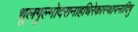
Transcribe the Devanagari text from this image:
शूलगुल्मोदरानाहधिरेकास्थापनादिषु